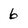
Character: 6